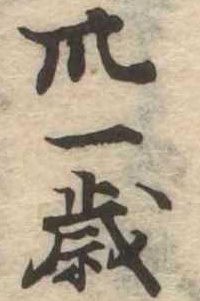
卅一歳